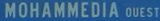
MOHAMMEDIA QUEST